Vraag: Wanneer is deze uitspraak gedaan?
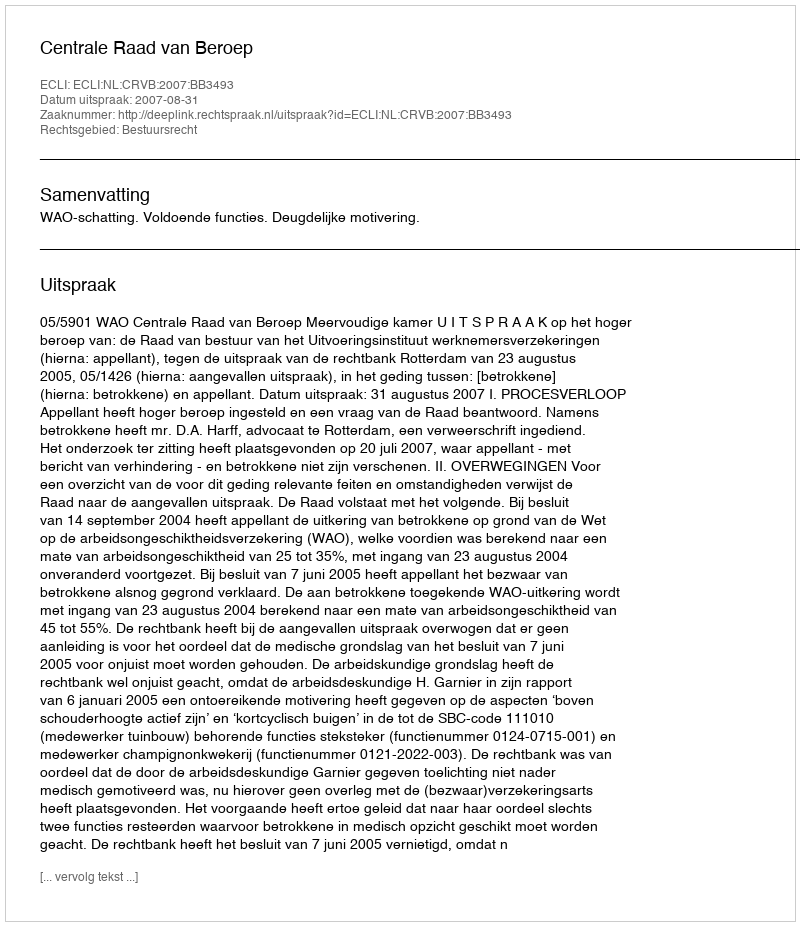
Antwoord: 2007-08-31